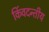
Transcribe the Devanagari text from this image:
किंवदन्तीय